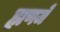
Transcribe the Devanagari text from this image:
ह्मणजे